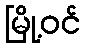
မြို့ဝင်